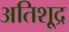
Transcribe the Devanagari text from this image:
अतिशू्द्र